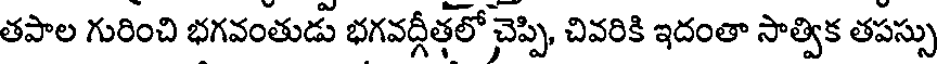
తపాల గురించి భగవంతుడు భగవద్గీతలో చెప్పి, చివరికి ఇదంతా సాత్విక తపస్సు